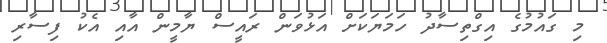
މި ގައުމުގެ އިގްތިސާދު ހަމަޔަކަށް އަޅުވަން ރައީސް ޔާމީން އާއި އެކު ފިސާރި